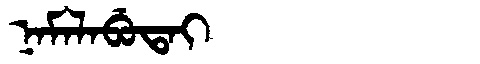
Manchu: ᠨᠠᠮᠠᠯᠠᠪᡠᡨᠠᡳ
Romanization: NAMALABUTAI